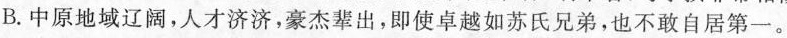
B.中原地域辽阔，人才济济，豪杰辈出，即使卓越如苏氏兄弟，也不敢自居第一。